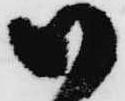
御